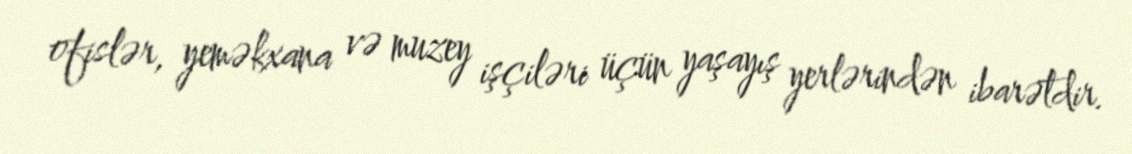
ofislər, yeməkxana və muzey işçiləri üçün yaşayış yerlərindən ibarətdir.